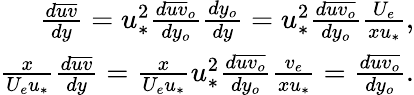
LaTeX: \begin{array}{r}{\frac{d\overline{{uv}}}{dy}=u_{*}^{2}\frac{d\overline{{uv}}_{o}}{dy_{o}}\frac{dy_{o}}{dy}=u_{*}^{2}\frac{d\overline{{uv_{o}}}}{dy_{o}}\frac{U_{e}}{xu_{*}},}\\ {\frac{x}{U_{e}u_{*}}\frac{d\overline{{uv}}}{dy}=\frac{x}{U_{e}u_{*}}u_{*}^{2}\frac{d\overline{{uv_{o}}}}{dy_{o}}\frac{v_{e}}{xu_{*}}=\frac{d\overline{{uv_{o}}}}{dy_{o}}.}\end{array}